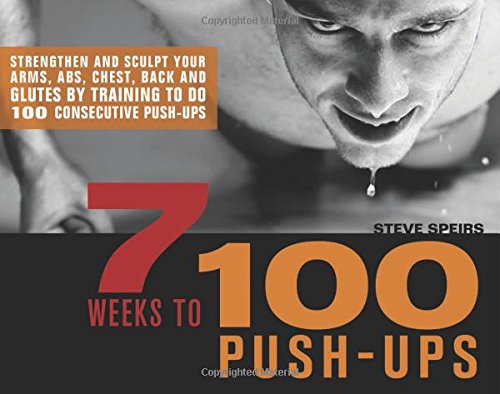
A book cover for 7 Weeks to 100 Push-Ups: Strengthen and Sculpt Your Arms, Abs, Chest, Back and Glutes by Training to do 100 Consecutive Push-Ups; Steve Speirs; Health, Fitness & Dieting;